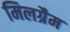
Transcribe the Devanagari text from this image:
मिलग्रैम